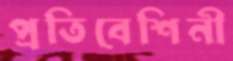
প্রতিবেশিনী